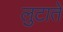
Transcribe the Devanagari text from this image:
लुटाते